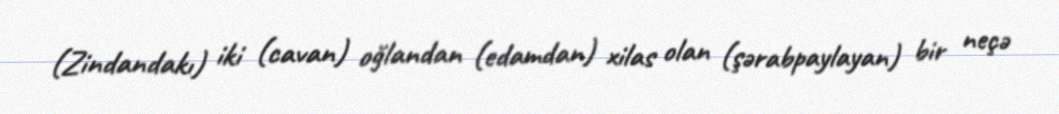
(Zindandakı) iki (cavan) oğlandan (edamdan) xilas olan (şərabpaylayan) bir neçə